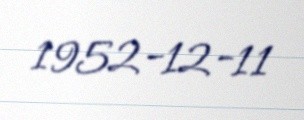
1952-12-11